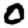
Digit: 0